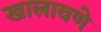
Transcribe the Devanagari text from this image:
खालावणे